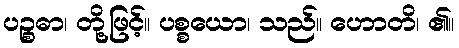
ပဉ္စဓာ၊ တို့ဖြင့်။ ပစ္စယော၊ သည်။ ဟောတိ၊ ၏။